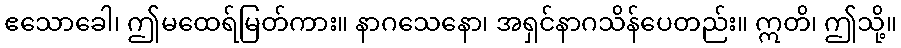
ဧသောခေါ၊ ဤမထေရ်မြတ်ကား။ နာဂသေနော၊ အရှင်နာဂသိန်ပေတည်း။ ဣတိ၊ ဤသို့။